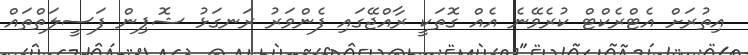
އިތުރަށް އެޓްރެކްޓް ކުރެވޭނެ އެއް ގޮތަކީ ރާއްޖޭގައި ފެންވަރު ރަނގަޅު ޝޮޕިން ފަސީލަތްތައް